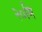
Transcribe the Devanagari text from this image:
२०मि